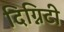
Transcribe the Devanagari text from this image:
दिग्निटी